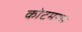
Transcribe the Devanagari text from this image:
कोटमसर